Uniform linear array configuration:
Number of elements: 64
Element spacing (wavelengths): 0.75
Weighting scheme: uniform
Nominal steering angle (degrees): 15
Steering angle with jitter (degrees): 15.799
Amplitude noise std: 0.05
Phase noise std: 0.05

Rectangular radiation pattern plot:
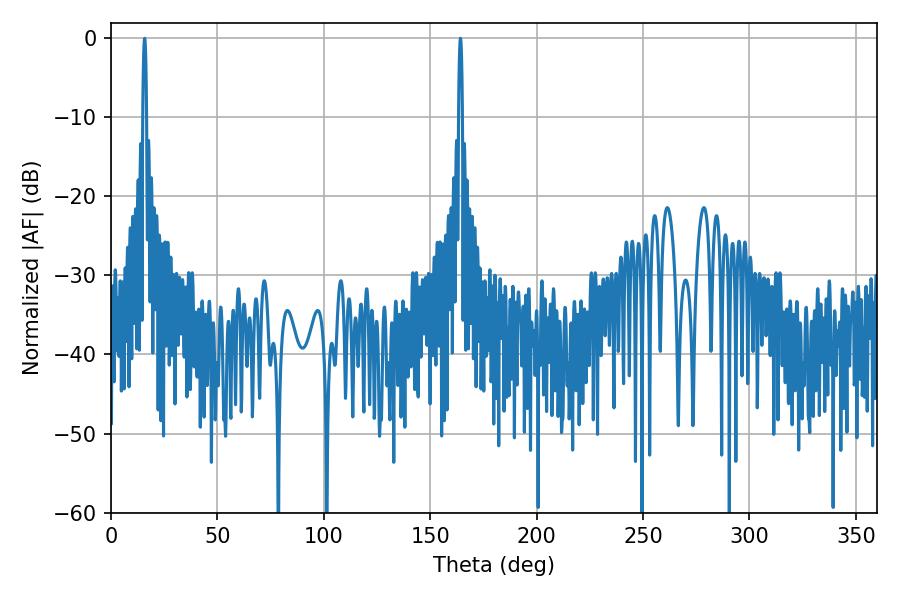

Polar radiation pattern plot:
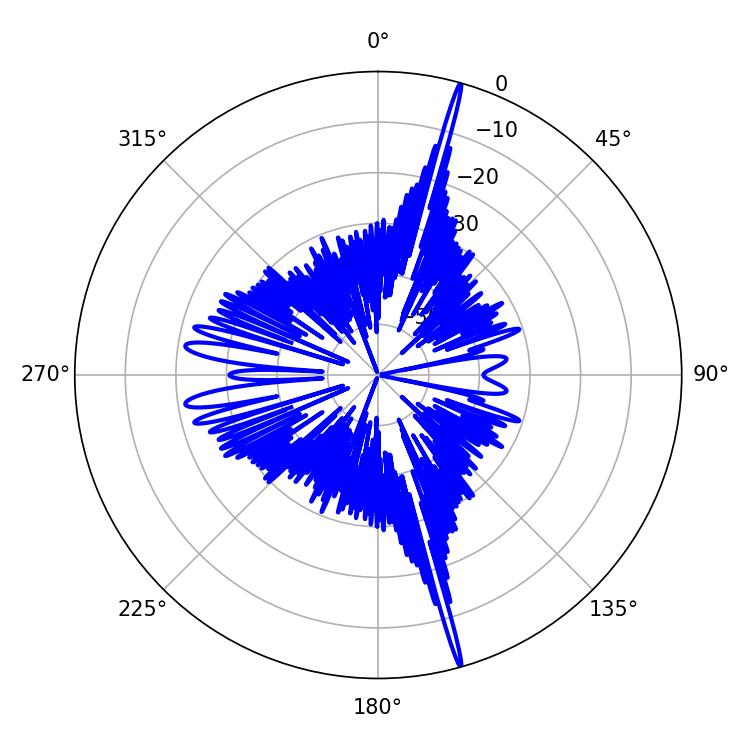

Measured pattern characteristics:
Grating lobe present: TRUE
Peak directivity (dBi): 23.127
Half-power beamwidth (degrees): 0.9
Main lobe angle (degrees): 164.16